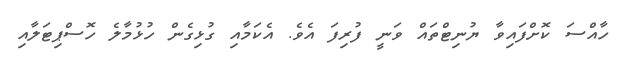
ހާއްސަ ކޮށްފައިވާ ޔުނިޓްތައް ވަނީ ފުރިފަ އެވެ. އެކަމާއި ގުޅިގެން ހުޅުމާލެ ހޮސްޕިޓަލާއި